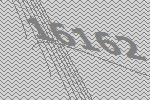
16162